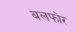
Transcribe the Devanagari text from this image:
बलफोर